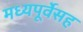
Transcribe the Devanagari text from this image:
मध्यपूर्वेसह